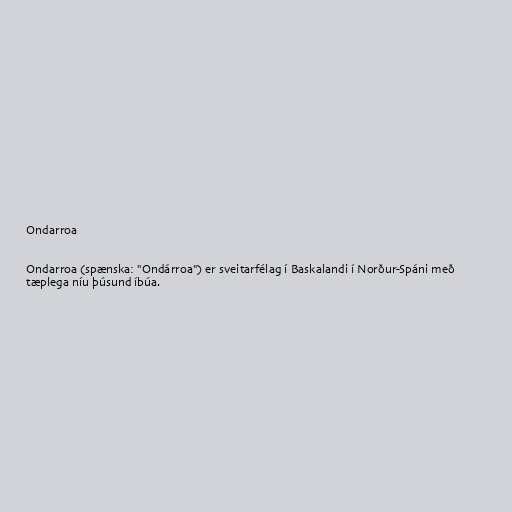
Ondarroa

Ondarroa (spænska: "Ondárroa") er sveitarfélag í Baskalandi í Norður-Spáni með
tæplega níu þúsund íbúa.